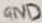
Text: GND